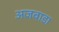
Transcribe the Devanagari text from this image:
अजवाडा